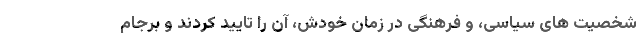
شخصیت های سیاسی، و فرهنگی در زمان خودش، آن را تایید کردند و برجام